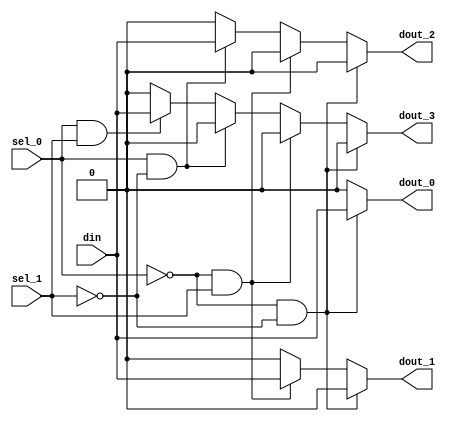
module  demux_using_if(din,dout_0,dout_1,dout_2,dout_3,sel_0 ,sel_1 );
input din,sel_0 ,sel_1;
output dout_0,dout_1,dout_2,dout_3 ;
reg  dout_0,dout_1,dout_2,dout_3;
always @ (sel_0 or sel_1 or din)
begin : demux
dout_0=0;
dout_1=0;
dout_2=0;
dout_3=0;
  if (sel_0 == 1'b0&sel_1 == 1'b0) 
  begin
      dout_0 = din;
  end 
  else if(sel_0 == 1'b0&sel_1 == 1'b1)
  begin
      dout_1 = din;
  end  else if(sel_0 == 1'b1&sel_1 == 1'b0)begin
      dout_2 = din;
  end 
   else if(sel_0 == 1'b1&sel_1 == 1'b1)begin
      dout_3 = din;
  end 
  end
 endmodule